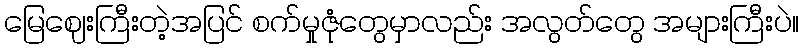
မြေဈေးကြီးတဲ့အပြင် စက်မှုဇုံတွေမှာလည်း အလွတ်တွေ အများကြီးပဲ။